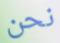
نحن